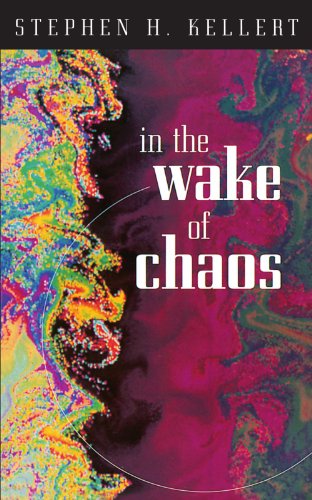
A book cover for In the Wake of Chaos: Unpredictable Order in Dynamical Systems (Science and Its Conceptual Foundations series); Stephen H. Kellert; Science & Math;